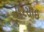
પીરસાઈ